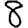
Digit: 8